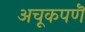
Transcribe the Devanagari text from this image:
अचूकपणॆ